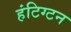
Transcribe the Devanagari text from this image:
हंटिग्टन